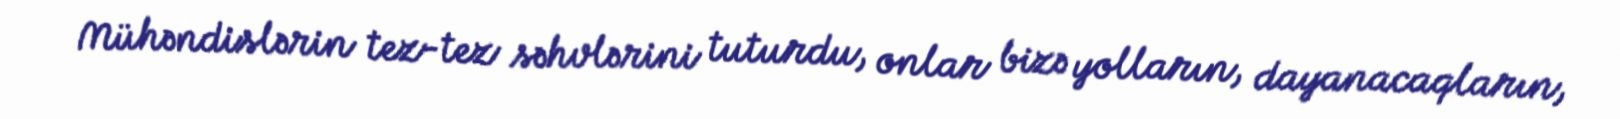
Mühəndislərin tez-tez səhvlərini tuturdu, onlar bizə yolların, dayanacaqların,